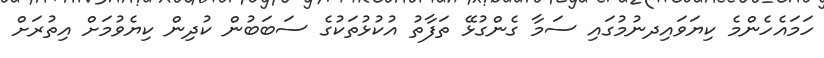
ހަމައެހެންމެ ކިޔަވައިދނުމުގައި ސަމާ ގެންގުޅޭ ތަފާތު އުކުޅުތަކުގެ ސަބަބުން ކުދިން ކިޔެވުމަށް އިތުރަށް